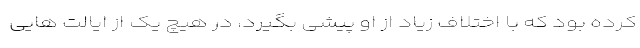
کرده بود که با اختلاف زیاد از او پیشی بگیرد، در هیچ یک از ایالت هایی